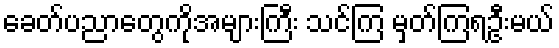
ခေတ်ပညာတွေကိုအများကြီး သင်ကြ မှတ်ကြရဦးမယ်